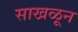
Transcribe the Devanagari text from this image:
साखळून